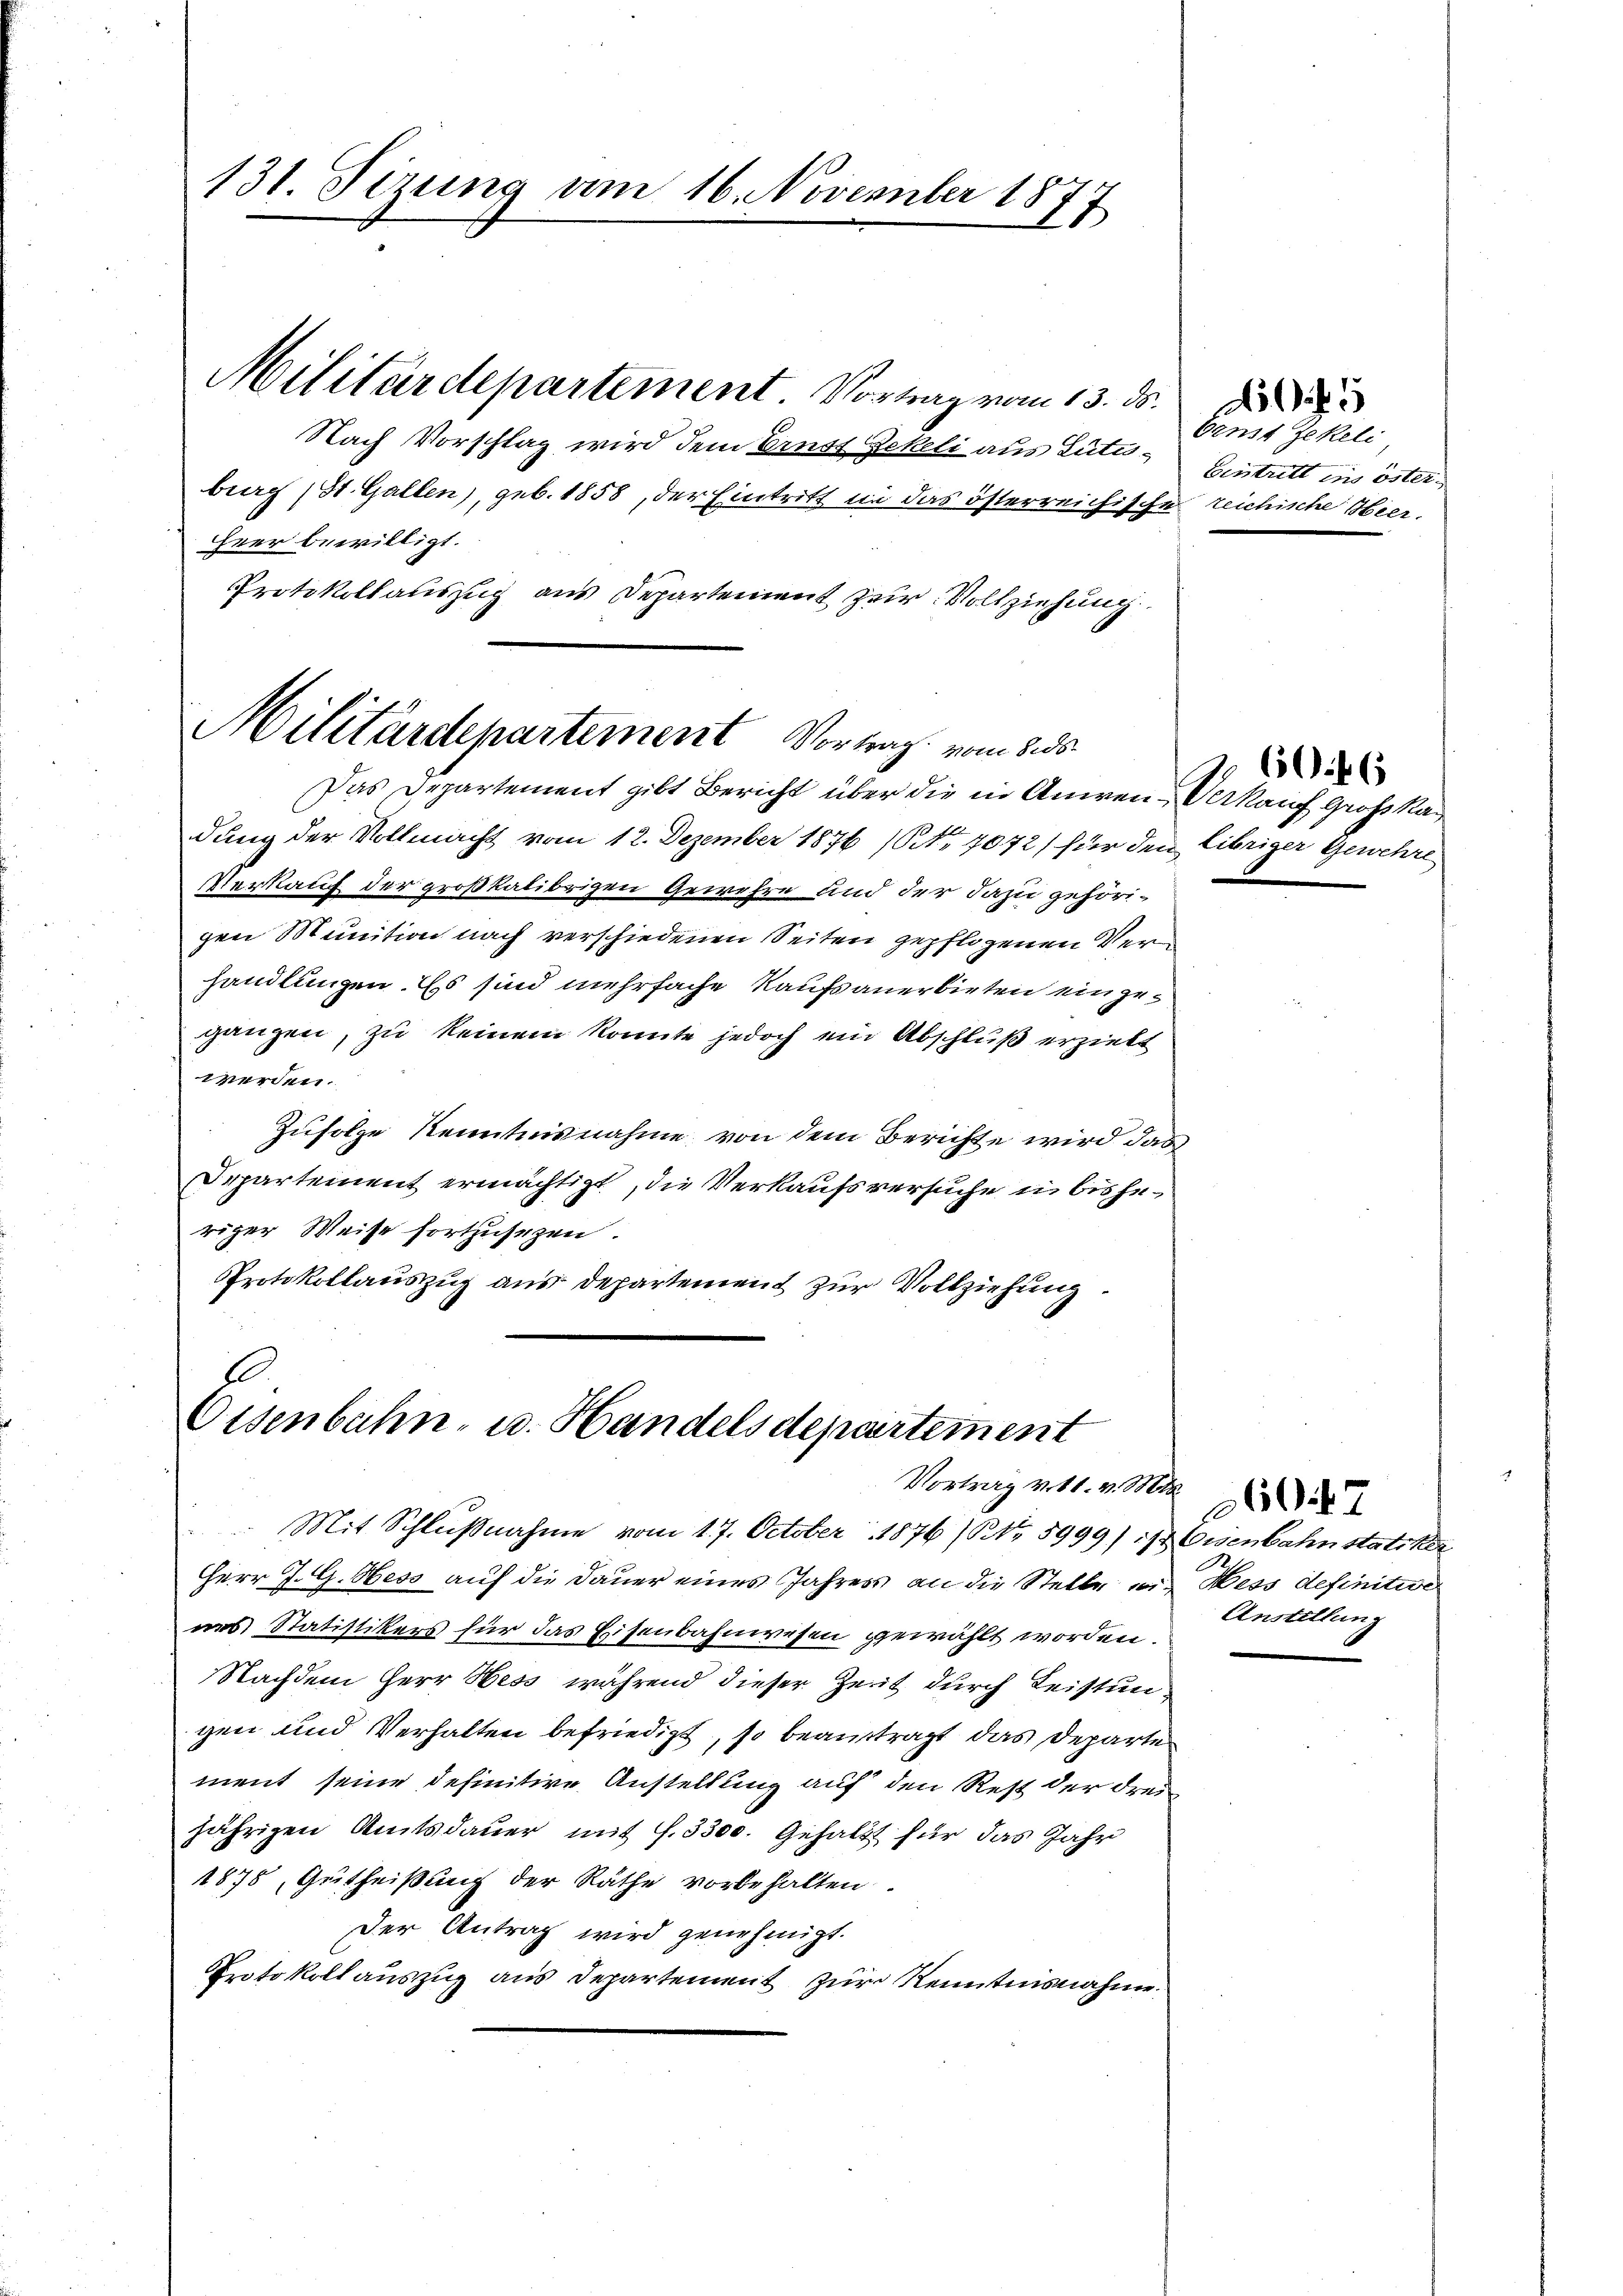
131. Sizung am 16. November 18
17

Militärdepartement Vortrag vom 13. ds.
Nach Vorschlag wird dem Ernst Rekeli aus Lutt-Eintritt ins österburg (St. Gallen), geb. 1858, der Eintritt in das österreichische reichische Hier¬
HHeer bewilligt.
Protokollauszug aus Departement zur Vollziehung

Militärdepartement Vortrag vom 8. ds.

Das Departement gibt Bericht über die in Anwen-Verkauf Großka
dung der Vollmacht vom 12. Dezember 1876 (NNo. 7072) für den libriger Gewehre
Verkauf der großkalibrigen Gewehre und der dazu gehörigen Munition nach verschiedenen Seiten gepflogenen Verhandlungen. Es sind mehrfache Kaufsanerbieten eingeganzen, zu keinem konnte jedoch ein Abschluß erzielt
werden.
Zufolge Kenntnisnahme von dem Berichte wird das
Separtement ermächtigt, die Verkaufsversuche in bisheriger Weise fortzusezen.
Protokollauszug aus Departement zur Vollziehung.

E
Osenbahn- u. Handelsdepartement
Vortrag v. 11. v. Mt

Mit Schlŭβnahme vom 17. October 1876 (Nr. 5999) & Eisenbahn statiker
Herr J. G. Hess auf die Dauer eines Jahres an die Stelle und Hess definitive
ins Statistikers für das Eisenbahnwesen gewählt worden.
Nachdem Herr Hess während dieser Zeit durch Leistungen und Verhalten befriedigt, so beauftragt, das Departe
ment seine definitive Anstellung auf den Rest der dreijährigen Amtsdauer mit f. 3300. Gehalt für das Jahr
1878, Gutheißung der Räthe vorbehalten.
Der Antrag wird genehmigt.
Protokoll auszug aus Departement zur Kenntnisnahme

Ornst Jekeli

5

7. 60. 6

Anstellung